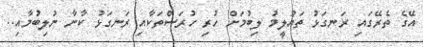
އޭގެ ތެރޭގައި ރަނގަޅު ތައުލީމު ލިބުމަށް ހުރި ހުރަސްތަކާއި ރަނގަޅު ކާނާ ނުލިބުމާއި..